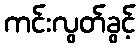
ကင်းလွတ်ခွင့်